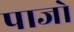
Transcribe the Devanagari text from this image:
पाजो